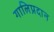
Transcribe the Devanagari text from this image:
गालिप्रदान